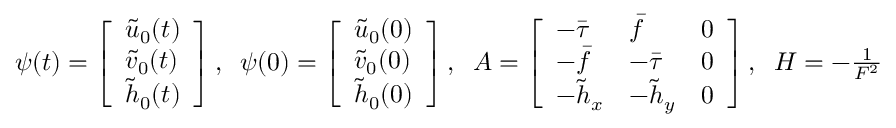
\begin{array} { r } { \boldsymbol { \psi } ( t ) = \left[ \begin{array} { l } { \tilde { u } _ { 0 } ( t ) } \\ { \tilde { v } _ { 0 } ( t ) } \\ { \tilde { h } _ { 0 } ( t ) } \end{array} \right] , \; \; \boldsymbol { \psi } ( 0 ) = \left[ \begin{array} { l } { \tilde { u } _ { 0 } ( 0 ) } \\ { \tilde { v } _ { 0 } ( 0 ) } \\ { \tilde { h } _ { 0 } ( 0 ) } \end{array} \right] , \; \; \boldsymbol { A } = \left[ \begin{array} { l l l } { - \bar { \tau } } & { \bar { f } } & { 0 } \\ { - \bar { f } } & { - \bar { \tau } } & { 0 } \\ { - \tilde { h } _ { x } } & { - \tilde { h } _ { y } } & { 0 } \end{array} \right] , \; \; \boldsymbol { H } = - \frac { 1 } { F ^ { 2 } } \left[ \begin{array} { l } { \tilde { h } _ { x } } \\ { \tilde { h } _ { y } } \\ { 0 } \end{array} \right] , } \end{array}